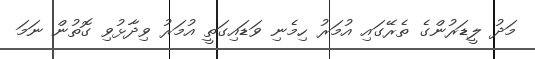
މަދު ލީޑަރުންގެ ތެރޭގައި އުމަރު ހިމެނި ވަޑައިގަތީ އުމަރު ވިދާޅުވި ގޮތުން ނަމަ